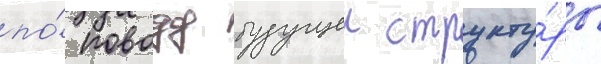
по́ поводу будущеи структу́ры